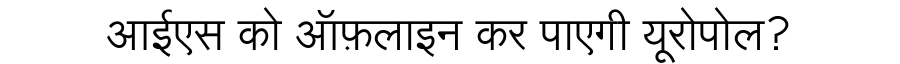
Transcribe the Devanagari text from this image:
आईएस को ऑफ़लाइन कर पाएगी यूरोपोल?